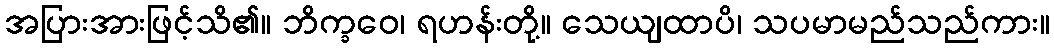
အပြားအားဖြင့်သိ၏။ ဘိက္ခဝေ၊ ရဟန်းတို့။ သေယျထာပိ၊ သပမာမည်သည်ကား။